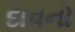
દાવનો